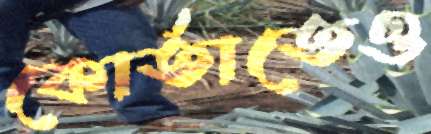
কোর্তাতেও